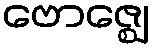
ဗောဇ္ဈေ